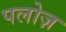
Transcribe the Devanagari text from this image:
पलोज़